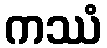
ကဿံ